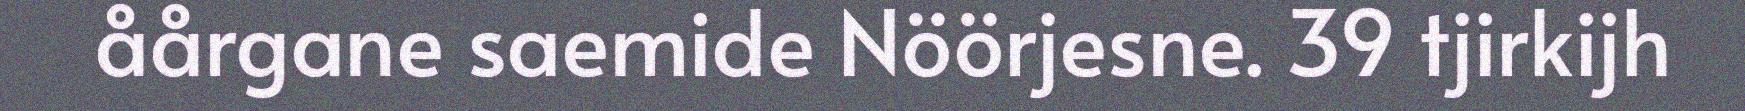
åårgane saemide Nöörjesne. 39 tjirkijh